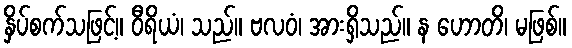
နှိပ်စက်သဖြင့်။ ဝီရိယံ၊ သည်။ ဗလဝံ၊ အားရှိသည်။ န ဟောတိ၊ မဖြစ်။